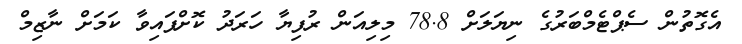
އެގޮތުން ސެޕްޓެމްބަރުގެ ނިޔަލަށް 78.8 މިލިއަން ރުފިޔާ ހަރަދު ކޮށްފައިވާ ކަމަށް ނާޒިމް